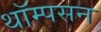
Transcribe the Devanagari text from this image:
थॉम्‍पसन